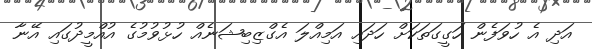
އަދި އެ ހުވަފެން ހަގީގަތަކަށް ހަދައި އަމިއްލަ އެގްޒިބިޝަނެއް ހުޅުވުމުގެ އުއްމީދުގައި އޭނާ